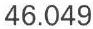
46.049